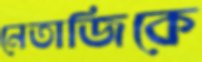
নেতাজিকে